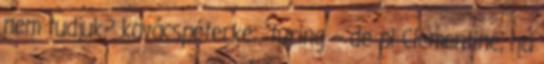
nem tudjuk? kovácspéterke: “turing – de pl Clementine, ha